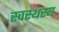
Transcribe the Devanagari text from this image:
स्वस्थस्य